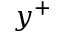
y ^ { + }